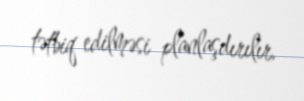
tətbiq edilməsi planlaşdırılır.